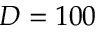
D = 1 0 0